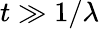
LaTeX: t\gg 1/\lambda